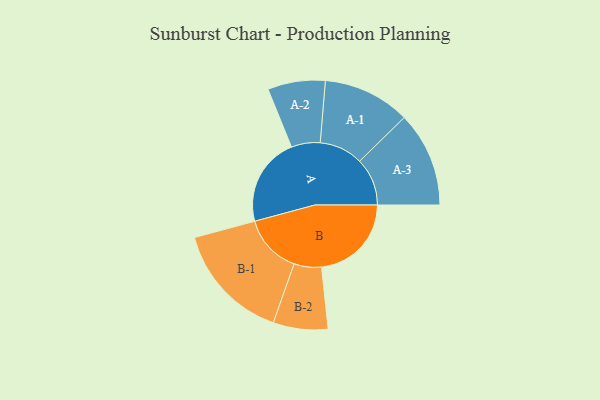
{"axis": {"x": "Segment", "y": "Value"}, "legend": ["", "A", "B"], "data": [{"x": "A", "y": 448, "type": ""}, {"x": "B", "y": 453, "type": ""}, {"x": "A-1", "y": 220, "type": "A"}, {"x": "A-2", "y": 145, "type": "A"}, {"x": "A-3", "y": 240, "type": "A"}, {"x": "B-1", "y": 299, "type": "B"}, {"x": "B-2", "y": 138, "type": "B"}]}